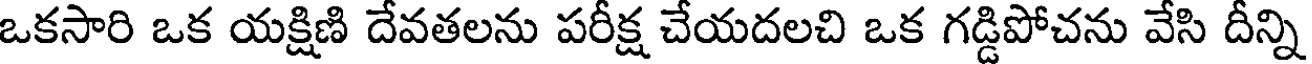
ఒకసారి ఒక యక్షిణి దేవతలను పరీక్ష చేయదలచి ఒక గడ్డిపోచను వేసి దీన్ని